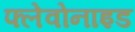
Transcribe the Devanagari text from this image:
फ्लेवोनाइड